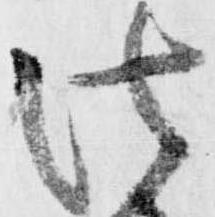
法